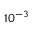
1 0 ^ { - 3 }